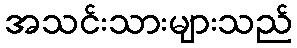
အသင်းသားများသည်